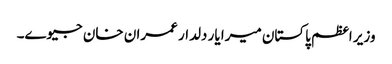
وزیر اعظم پاکستان میرا یار دلدار عمران خان جیوے۔